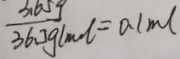
\frac { 3 . 6 5 9 } { 3 6 . 5 9 l m o l } = 0 . 1 m l